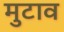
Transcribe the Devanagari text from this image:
मुटाव